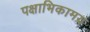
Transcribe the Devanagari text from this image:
पक्षाभिकामय